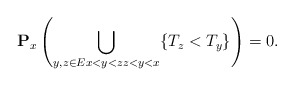
\begin{align*}\mathbf{P}_x\left(\bigcup_{y,z\in E x<y<zz<y<x} \{T_z< T_y\} \right)=0. \end{align*}